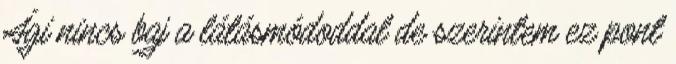
Ági nincs baj a látásmódoddal de szerintem ez pont